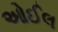
ઓઈલ